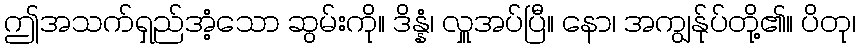
ဤအသက်ရှည်အံ့သော ဆွမ်းကို။ ဒိန္နံ၊ လှူအပ်ပြီ။ နော၊ အကျွန်ုပ်တို့၏။ ပိတု၊